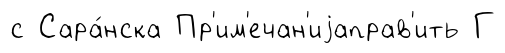
с Сара́нска Пр'им'ечан'иjаправ'ить Г